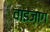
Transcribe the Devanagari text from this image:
वाइज़ाग